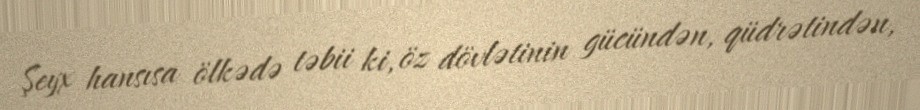
Şeyx hansısa ölkədə təbii ki, öz dövlətinin gücündən, qüdrətindən,